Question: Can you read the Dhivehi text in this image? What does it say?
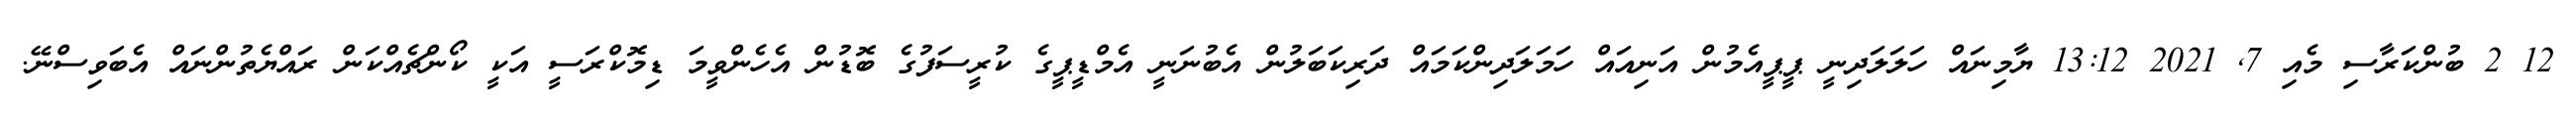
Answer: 12 2 ބުންކަރާސި މެއި 7, 2021 13:12 ޔާމިނައް ހަލަލަދިނީ ޕީޕީއެމުން އަނިއައް ހަމަލަދިންކަމައް ދަރިކަބަލުން އެބުނަނީ އެމްޑީޕީގެ ކުރީސަފުގެ ބޮޑުން އެހެންވީމަ ޑިމޮކްރަސީ އަކީ ކޯންޗެއްކަން ރައްޔެތުންނައް އެބަވިސްނޭ.